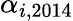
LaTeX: \alpha_{i,2014}